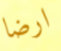
ارضا